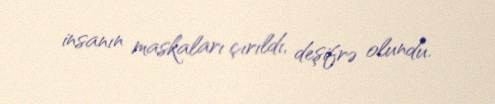
insanın maskaları çırıldı, deşifrə olundu.